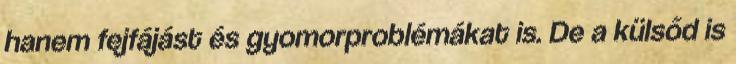
hanem fejfájást és gyomorproblémákat is. De a külsőd is